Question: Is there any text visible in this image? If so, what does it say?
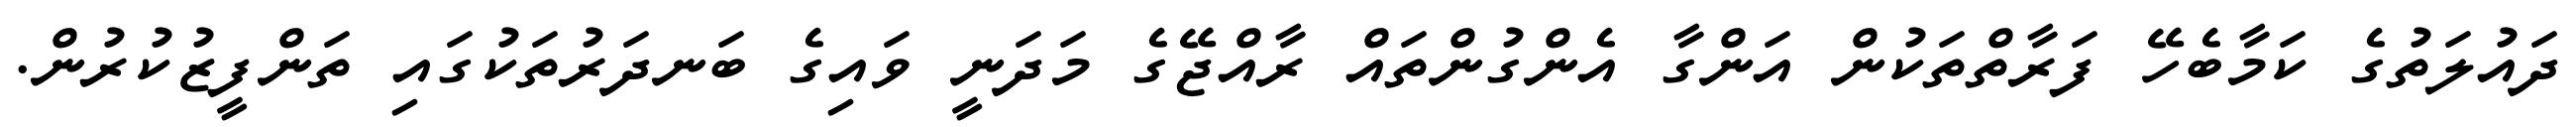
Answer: ދައުލަތުގެ ކަމާބެހޭ ފަރާތްތަކުން އަންގާ އެންގުންތައް ރާއްޖޭގެ މަދަނީ ވައިގެ ބަނދަރުތަކުގައި ތަންފީޒުކުރުން.